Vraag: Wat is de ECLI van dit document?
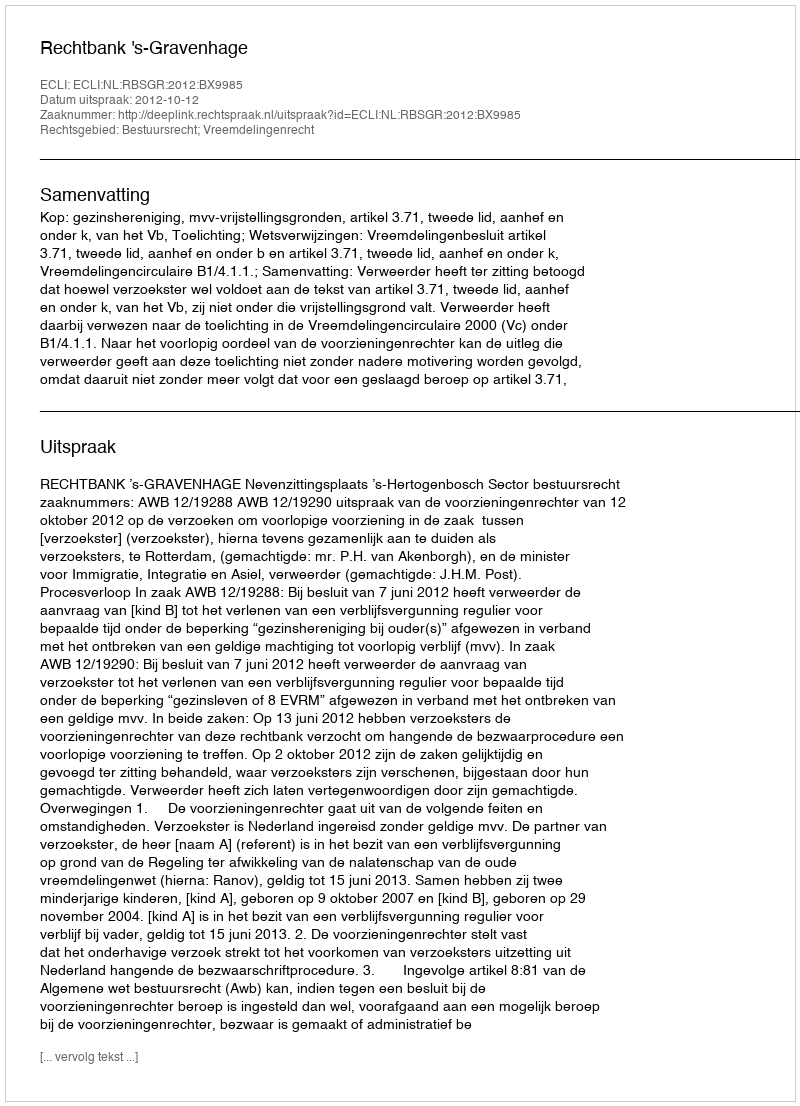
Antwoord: ECLI:NL:RBSGR:2012:BX9985